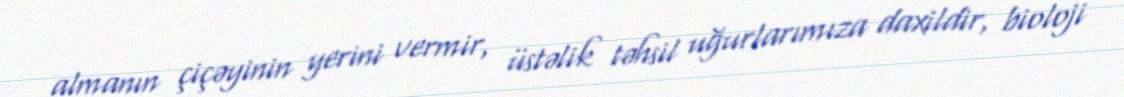
almanın çiçəyinin yerini vermir, üstəlik təhsil uğurlarımıza daxildir, bioloji